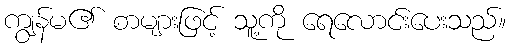
ကျွန်မ၏ စာများဖြင့် သူ့ကို ရေလောင်းပေးသည်။